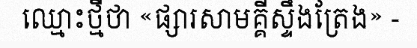
ឈ្មោះថ្មីថា «ផ្សារសាមគ្គីស្ទឹងត្រែង» -